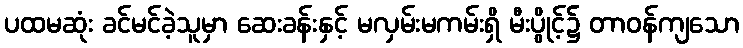
ပထမဆုံး ခင်မင်ခဲ့သူမှာ ဆေးခန်းနှင့် မလှမ်းမကမ်းရှိ မီးပွိုင့်၌ တာဝန်ကျသော